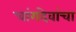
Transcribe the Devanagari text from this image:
चांगदेवांचा